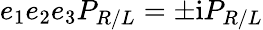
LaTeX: e_{1}e_{2}e_{3}P_{R/L}=\pm\mathrm{i}P_{R/L}